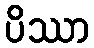
ပိဿာ